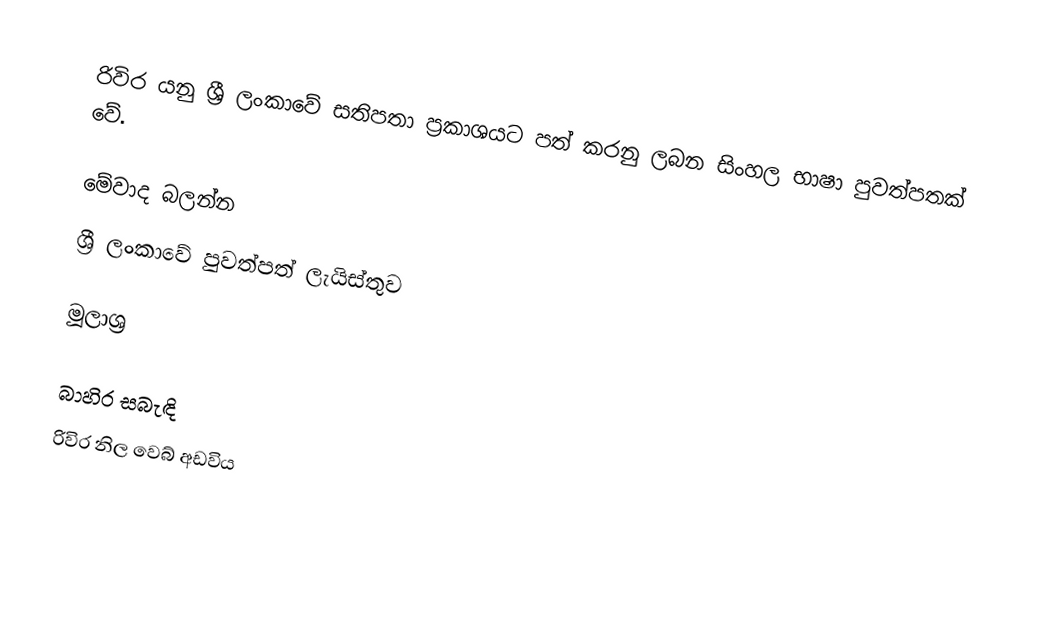
රිවිර යනු ශ්‍රී ලංකාවේ සතිපතා ප්‍රකාශයට පත් කරනු ලබන සිංහල භාෂා පුවත්පතක් වේ.

මේවාද බලන්න
ශ්‍රී ලංකාවේ පුවත්පත් ලැයිස්තුව

මූලාශ්‍ර

බාහිර සබැඳි
 රිවිර නිල වෙබ් අඩවිය